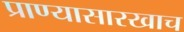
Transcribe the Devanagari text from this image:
प्राण्यासारखाच